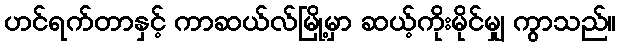
ဟင်ရက်တာနှင့် ကာဆယ်လ်မြို့မှာ ဆယ့်ကိုးမိုင်မျှ ကွာသည်။